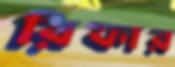
রিফার